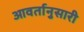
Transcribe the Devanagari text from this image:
आवर्तानुसारी